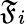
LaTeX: \mathfrak{F}_{i}